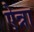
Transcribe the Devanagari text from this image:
ऐन्ना